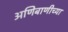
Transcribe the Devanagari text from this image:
अणिबाणीच्या